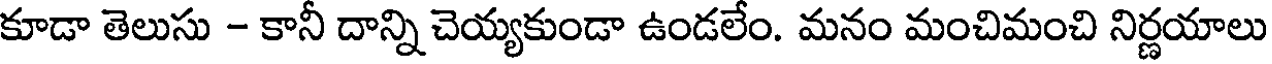
కూడా తెలుసు - కానీ దాన్ని చెయ్యకుండా ఉండలేం. మనం మంచిమంచి నిర్ణయాలు